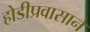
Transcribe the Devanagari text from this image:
होडीप्रवासाने